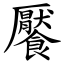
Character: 饜